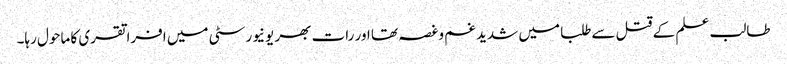
طالب علم کے قتل سےطلبا میں شدید غم وغصہ تھا اور رات بھر یونیورسٹی میں افراتقری کا ماحول رہا۔